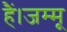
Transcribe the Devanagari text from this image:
हैं।जम्मू